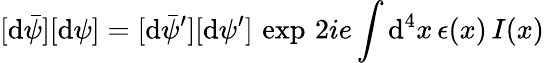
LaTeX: [\mathrm{d}\bar{{\psi}}][\mathrm{d}\psi]=[\mathrm{d}\bar{{\psi}}^{\prime}][\mathrm{d}\psi^{\prime}]\, \exp\, {2ie\int\mathrm{d}^{4}x\, \epsilon(x)\, I(x)}